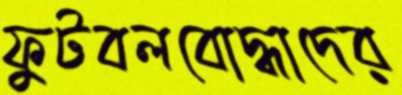
ফুটবলবোদ্ধাদের